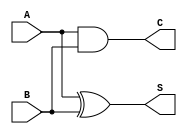
module CarryLookaheadHalfAdder (
    input wire A,       // First single-bit input
    input wire B,       // Second single-bit input
    output wire S,      // Sum output
    output wire C       // Carry output
);

// Logic for Sum output (S)
assign S = A ^ B;      // S = A XOR B

// Logic for Carry output (C)
assign C = A & B;      // C = A AND B

endmodule